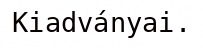
Kiadványai.